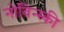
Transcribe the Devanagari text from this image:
नोविन्स्की